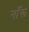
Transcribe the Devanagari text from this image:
नॉरू